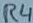
Text: R4